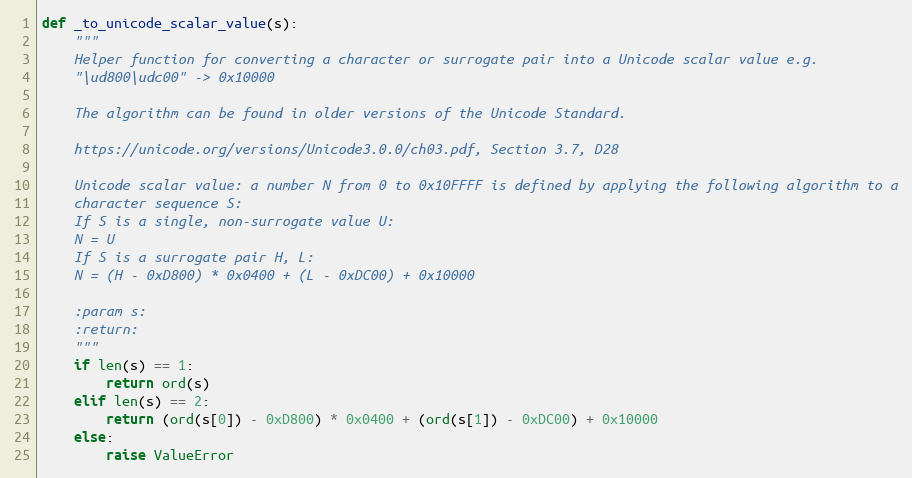
Language: Python
def _to_unicode_scalar_value(s):
    """
    Helper function for converting a character or surrogate pair into a Unicode scalar value e.g.
    "\ud800\udc00" -> 0x10000

    The algorithm can be found in older versions of the Unicode Standard.

    https://unicode.org/versions/Unicode3.0.0/ch03.pdf, Section 3.7, D28

    Unicode scalar value: a number N from 0 to 0x10FFFF is defined by applying the following algorithm to a
    character sequence S:
    If S is a single, non-surrogate value U:
    N = U
    If S is a surrogate pair H, L:
    N = (H - 0xD800) * 0x0400 + (L - 0xDC00) + 0x10000

    :param s:
    :return:
    """
    if len(s) == 1:
        return ord(s)
    elif len(s) == 2:
        return (ord(s[0]) - 0xD800) * 0x0400 + (ord(s[1]) - 0xDC00) + 0x10000
    else:
        raise ValueError